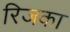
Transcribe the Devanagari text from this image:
रिजका